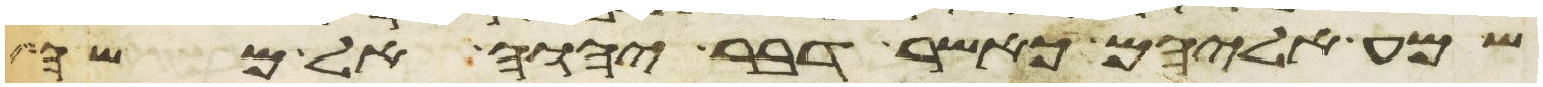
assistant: שמע אליהם כאשר דבר יהוה אל משה